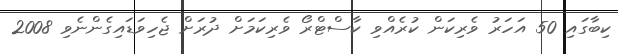
ކިބާގައި 50 އަހަރު ވެރިކަން ކުރެއްވި ކާސްޓްރޯ ވެރިކަމަށް ދުރަށް ޖެހިވަޑައިގެންނެވި 2008